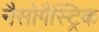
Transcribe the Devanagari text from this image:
नैसोगैस्ट्रिक